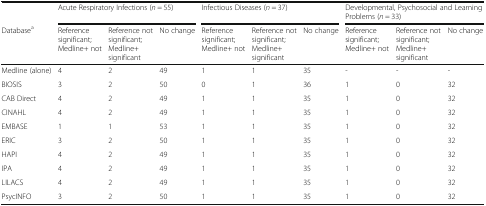
<table><thead><tr><td></td><td colspan="3"><b>Acute Respiratory Infections (<i>n</i> = 55)</b></td><td colspan="3"><b>Infectious Diseases (<i>n</i> = 37)</b></td><td colspan="3"><b>Developmental, Psychosocial and Learning Problems (<i>n</i> = 33)</b></td></tr><tr><td><b>Database<sup>a</sup></b></td><td><b>Reference significant; Medline+ not</b></td><td><b>Reference not significant; Medline+ significant</b></td><td><b>No change</b></td><td><b>Reference significant; Medline+ not</b></td><td><b>Reference not significant; Medline+ significant</b></td><td><b>No change</b></td><td><b>Reference significant; Medline+ not</b></td><td><b>Reference not significant; Medline+ significant</b></td><td><b>No change</b></td></tr></thead><tbody><tr><td>Medline (alone)</td><td>4</td><td>2</td><td>49</td><td>1</td><td>1</td><td>35</td><td>-</td><td>-</td><td>-</td></tr><tr><td>BIOSIS</td><td>3</td><td>2</td><td>50</td><td>0</td><td>1</td><td>36</td><td>1</td><td>0</td><td>32</td></tr><tr><td>CAB Direct</td><td>4</td><td>2</td><td>49</td><td>1</td><td>1</td><td>35</td><td>1</td><td>0</td><td>32</td></tr><tr><td>CINAHL</td><td>4</td><td>2</td><td>49</td><td>1</td><td>1</td><td>35</td><td>1</td><td>0</td><td>32</td></tr><tr><td>EMBASE</td><td>1</td><td>1</td><td>53</td><td>1</td><td>1</td><td>35</td><td>1</td><td>0</td><td>32</td></tr><tr><td>ERIC</td><td>3</td><td>2</td><td>50</td><td>1</td><td>1</td><td>35</td><td>1</td><td>0</td><td>32</td></tr><tr><td>HAPI</td><td>4</td><td>2</td><td>49</td><td>1</td><td>1</td><td>35</td><td>1</td><td>0</td><td>32</td></tr><tr><td>IPA</td><td>4</td><td>2</td><td>49</td><td>1</td><td>1</td><td>35</td><td>1</td><td>0</td><td>32</td></tr><tr><td>LILACS</td><td>4</td><td>2</td><td>49</td><td>1</td><td>1</td><td>35</td><td>1</td><td>0</td><td>32</td></tr><tr><td>PsycINFO</td><td>3</td><td>2</td><td>50</td><td>1</td><td>1</td><td>35</td><td>1</td><td>0</td><td>32</td></tr></tbody></table>